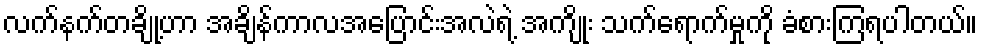
လက်နက်တချို့ဟာ အချိန်ကာလအပြောင်းအလဲရဲ့ အကျိုး သက်ရောက်မှုကို ခံစားကြရပါတယ်။